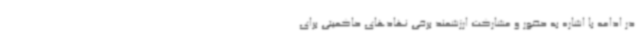
در ادامه با اشاره به حضور و مشارکت ارزشمند برخی نهادهای حاکمیتی برای